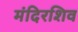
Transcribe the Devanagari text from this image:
मंदिरशिव